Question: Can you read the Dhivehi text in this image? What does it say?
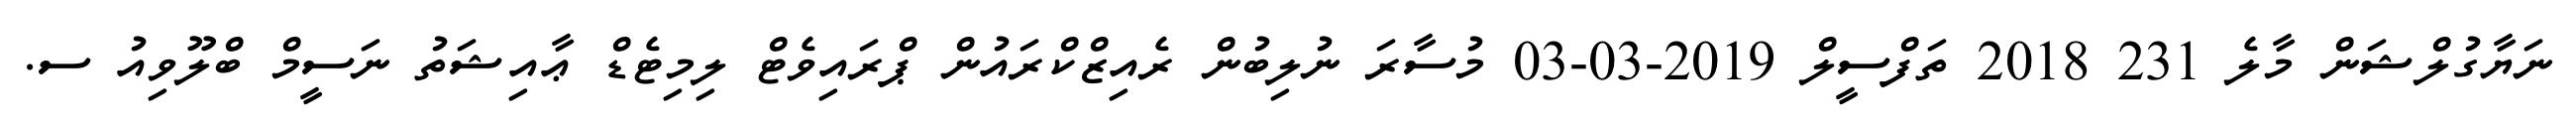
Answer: ނަޔާގުލްޝަން މާލެ 231 2018 ތަފްސީލް 2019-03-03 މުސާރަ ނުލިބުން ރެއިޒްކްރައުން ޕްރައިވެޓް ލިމިޓެޑް ޢާއިޝަތު ނަސީމް ބްލޫވިއު ސ.